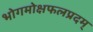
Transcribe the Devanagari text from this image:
भोगमोक्षफलप्रदम्